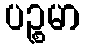
ပဉ္စမာ